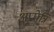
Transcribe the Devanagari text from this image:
अप्पेन्नि